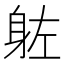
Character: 𮜰